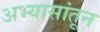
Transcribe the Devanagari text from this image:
अभ्यासांतून